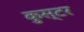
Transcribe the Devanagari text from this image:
कुस्टर